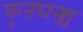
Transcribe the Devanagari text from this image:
कृतघन्श्च